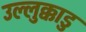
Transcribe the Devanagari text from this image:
उल्लुक्काडु